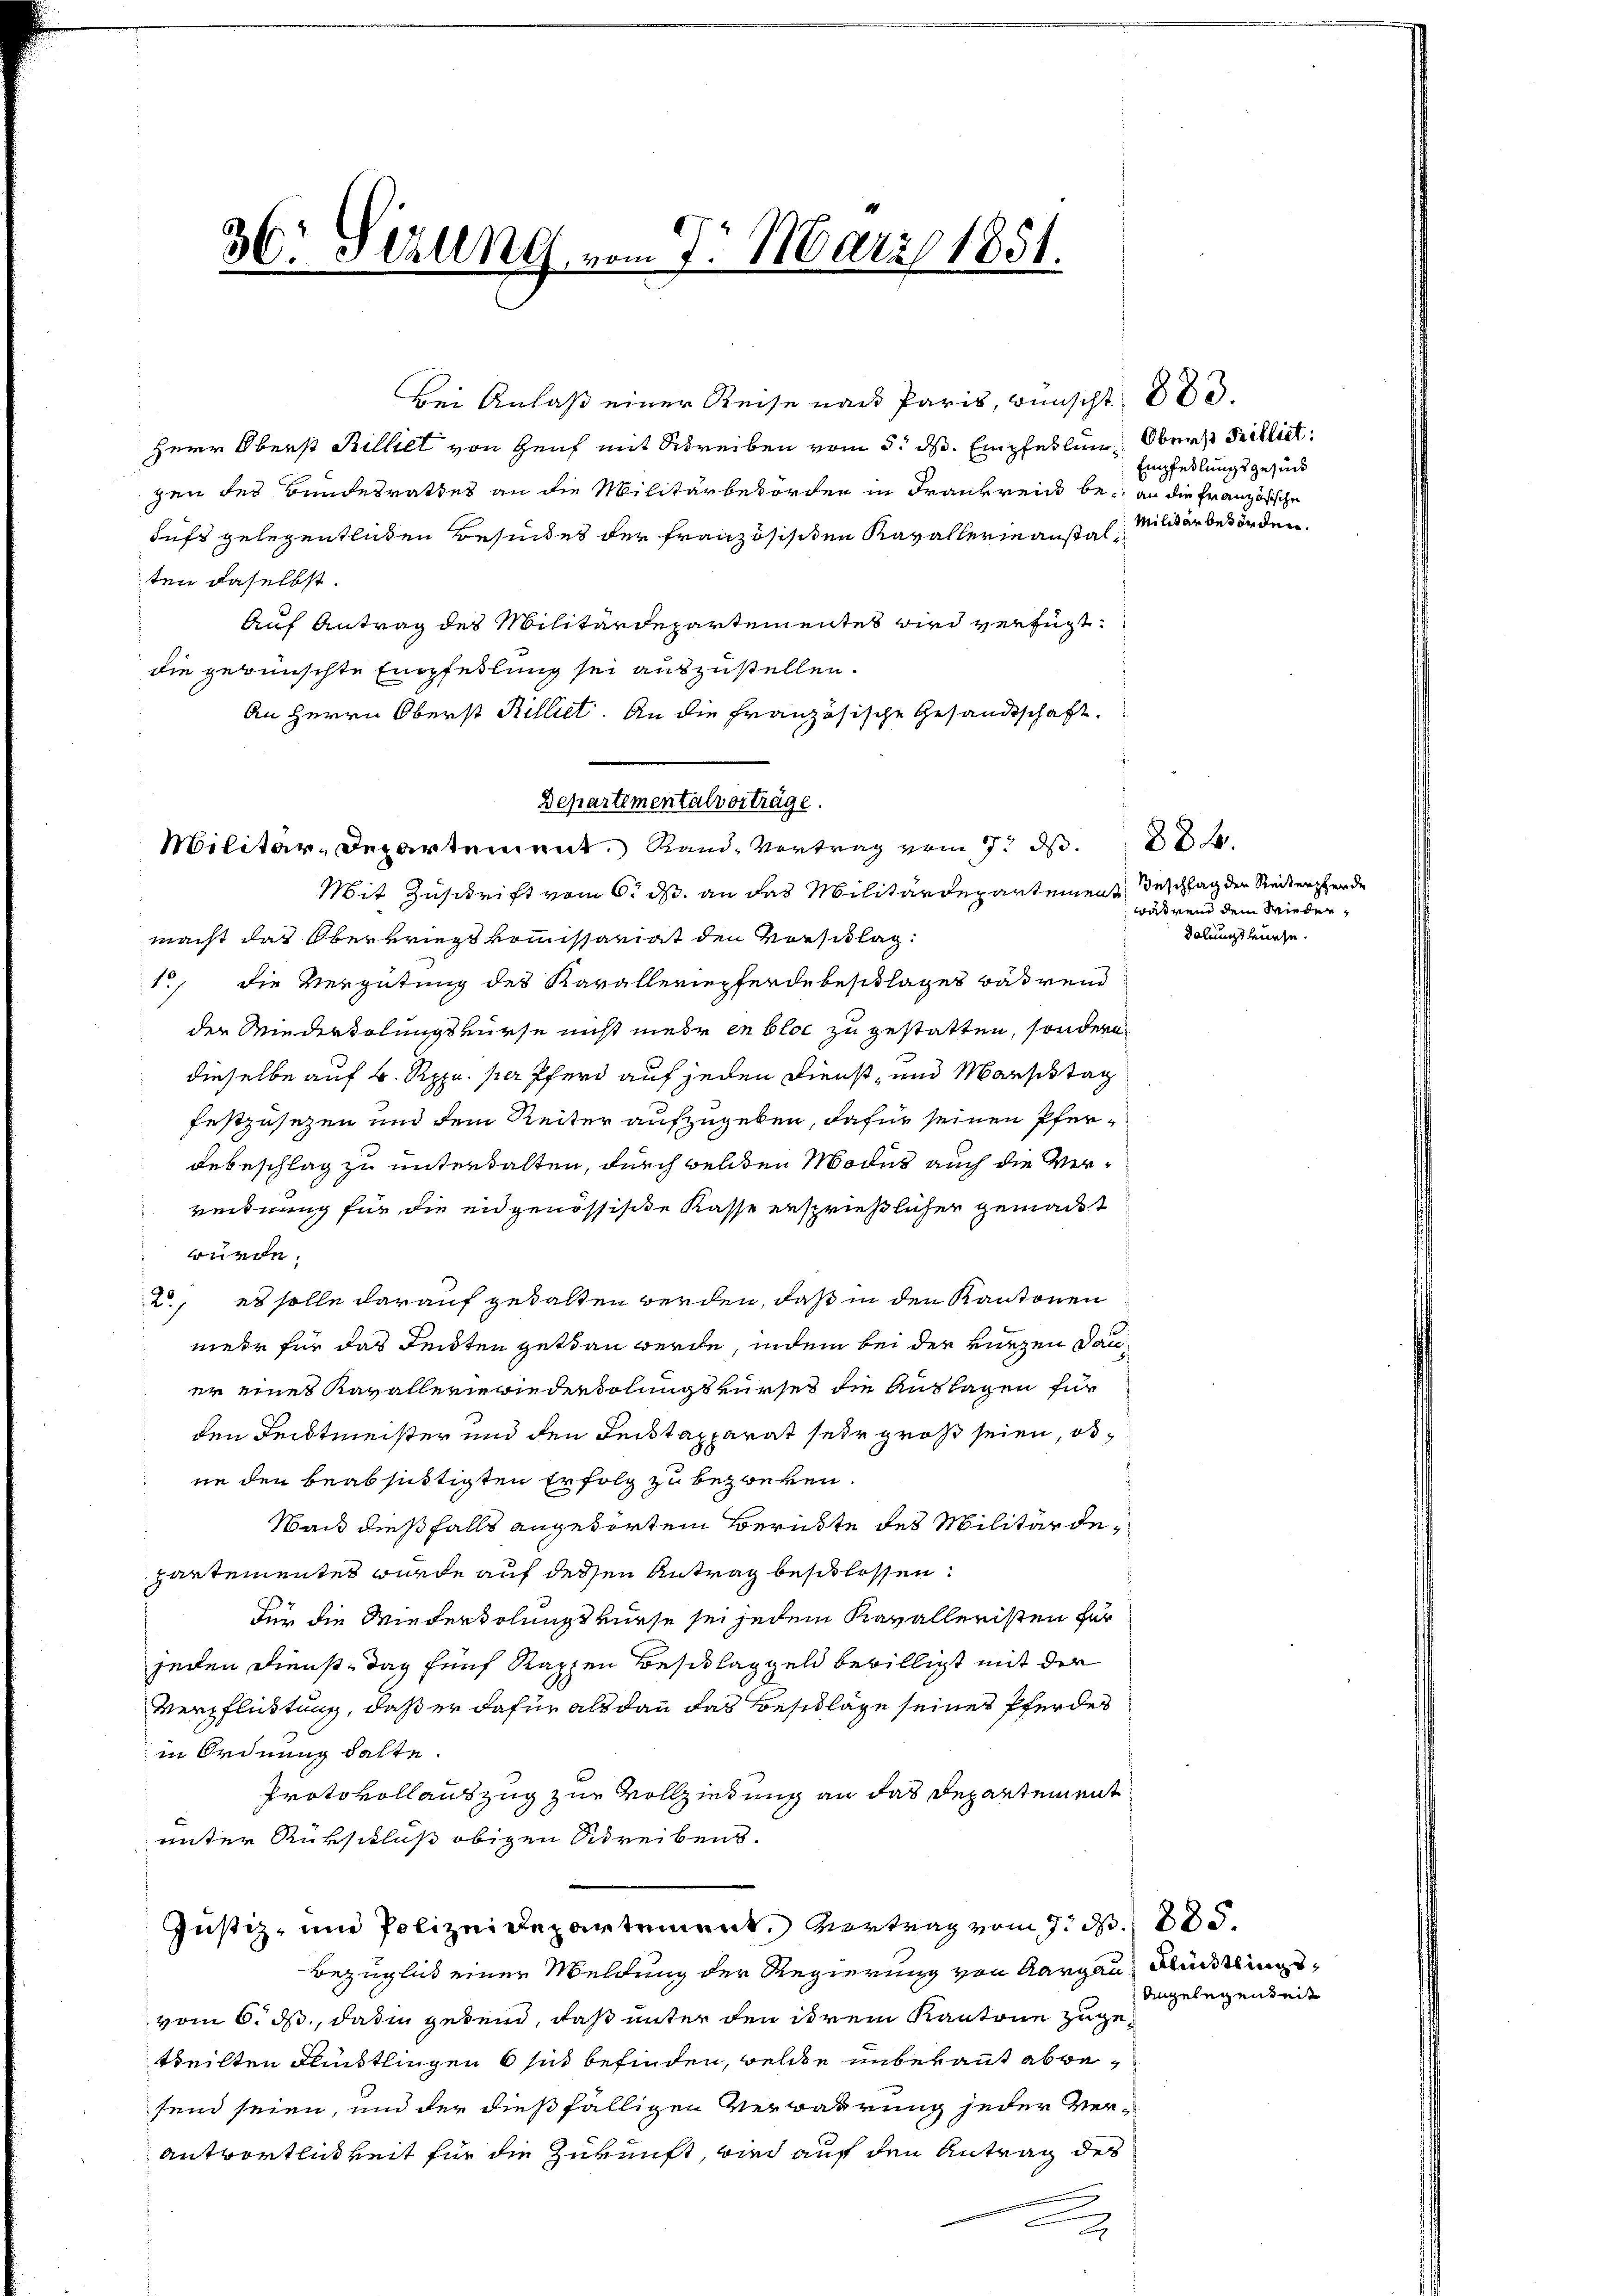
36: Sizung vom 7. März 1851.

Bei Anlaß einer Reise nach Paris, wünscht 800.
Herr Oberst Billet von Genf mit Schreiben vom 5. ds. Empfehlung Oberst Milligt:
gen des Brindesrathes an die Militärbehörden in Frankreis be- an die Französische
dus gelegentlichen Besindes der Französisiten Kavallermanstalten daselbst.
Auf Antrag des Militärdepartementes wird verfügt:
die gewünschte Empfehlung sei auszustellen.
An Herrn Oberst Rilliet. An die Französische Gesandtschaft.
Militär-Departement. Rand Vertrag vom 7. ds.
Mit Zuschrift vom 6. ds. an das Militärdepartement Beschlag der Reitenzerde
macht das Oberkriegskommissariat den Vorschlag:
1, die Vergütung des Kavallempferde beschlages Bas rend
der Miederholungskurse nicht mehr en bloc zu gestatten, sondern
dieselbe auf 4. Rppn. per Pferd auf jeden Dienst- und Marschtag
festzusetzen und dem Reiter aufzugeben, dafür seinen Pferdebeschlag zu unterhalten, durch welden Modus auch die Verrerdnung für die eidgenössische Kasse ersprießlicher gemacht
würde.
2., es solle darauf gewalten werden, daß in den Kantonen
mehr für das Leisten getan werde, indem bei der kurzen Dauer eines Kavallerwiederholungskurses die Auslagen für
den Leitmeister und den Recktapparat sehr groß seien, obne den beabsichtigten Erfolg zu bezwecken.
Sand dießfalls angetorten Beruhte des Militärdepartementes wurde auf dessen Antrag beschlossen:
Für die Wiederholungskurse sei jedem Kavalleristen für
jeden Diensttag fünf Kappen Beschlaggeld bewilligt mit der
Verpflicktung, daß er dafür als dann das Beschläge seines Pferdes
in Ordnung halte.
Protokollauszug zur Vollziehung an das Departement
unter Rückschluß obigen Schreibens.
Justiz- und Polizeidepartement. Vortrag vom 7. d. 885.
Bezüglich einer Meldung der Regierung von Aargau, Flüchtlingsvom 6. ds., daß in gebend, daß unter den ist rein Kantone zugetheilten Flüstlingen 6 sich befinden, welche unbekannt abbesend seien, und der dießfälligen Verwahrung jeder Ver¬
Antwortlichkeit für die Zukunft, wird auf den Antrag des
u

Departementalvorträge.

Empfehlungsgesuch
Militär beförden.

während dem Wieder,
daltungskurse.

Angelegenheit